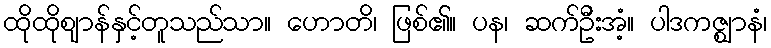
ထိုထိုဈာန်နှင့်တူသည်သာ။ ဟောတိ၊ ဖြစ်၏။ ပန၊ ဆက်ဦးအံ့။ ပါဒကဇ္ဈာနံ၊